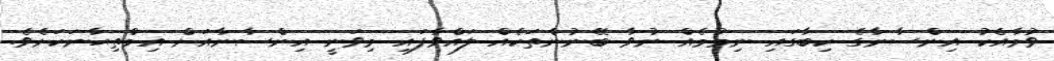
ވުމާއެކު އިންސާނާގެ ކިބާގައި ނިމުމެއް ނުވާ ބޭނުންތަކެއް ލައްވާފައި މިވަނީ އިންސާނާއަށް އިމްތިޙާނަކަށެވެ.